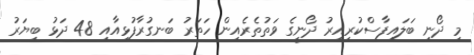
މި ދޯނި ބަލައިފާސްކުރިއިރު ދޯނީގެ ވަތުތެރެއިން ހަތަރު ބަނގުރާފުޅިއާއި 48 ދަޅު ބިޔަރު